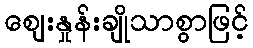
ဈေးနှုန်းချိုသာစွာဖြင့်